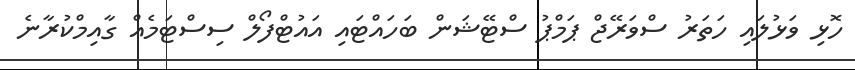
ހޮޅި ވަޅުލައި ހަތަރު ސްވަރޭޖް ޕަމްޕު ސްޓޭޝަން ބަހައްޓައި އައުޓްފޯލް ސިސްޓަމެއް ގާއިމްކުރާނެ